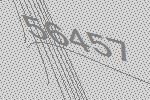
56457